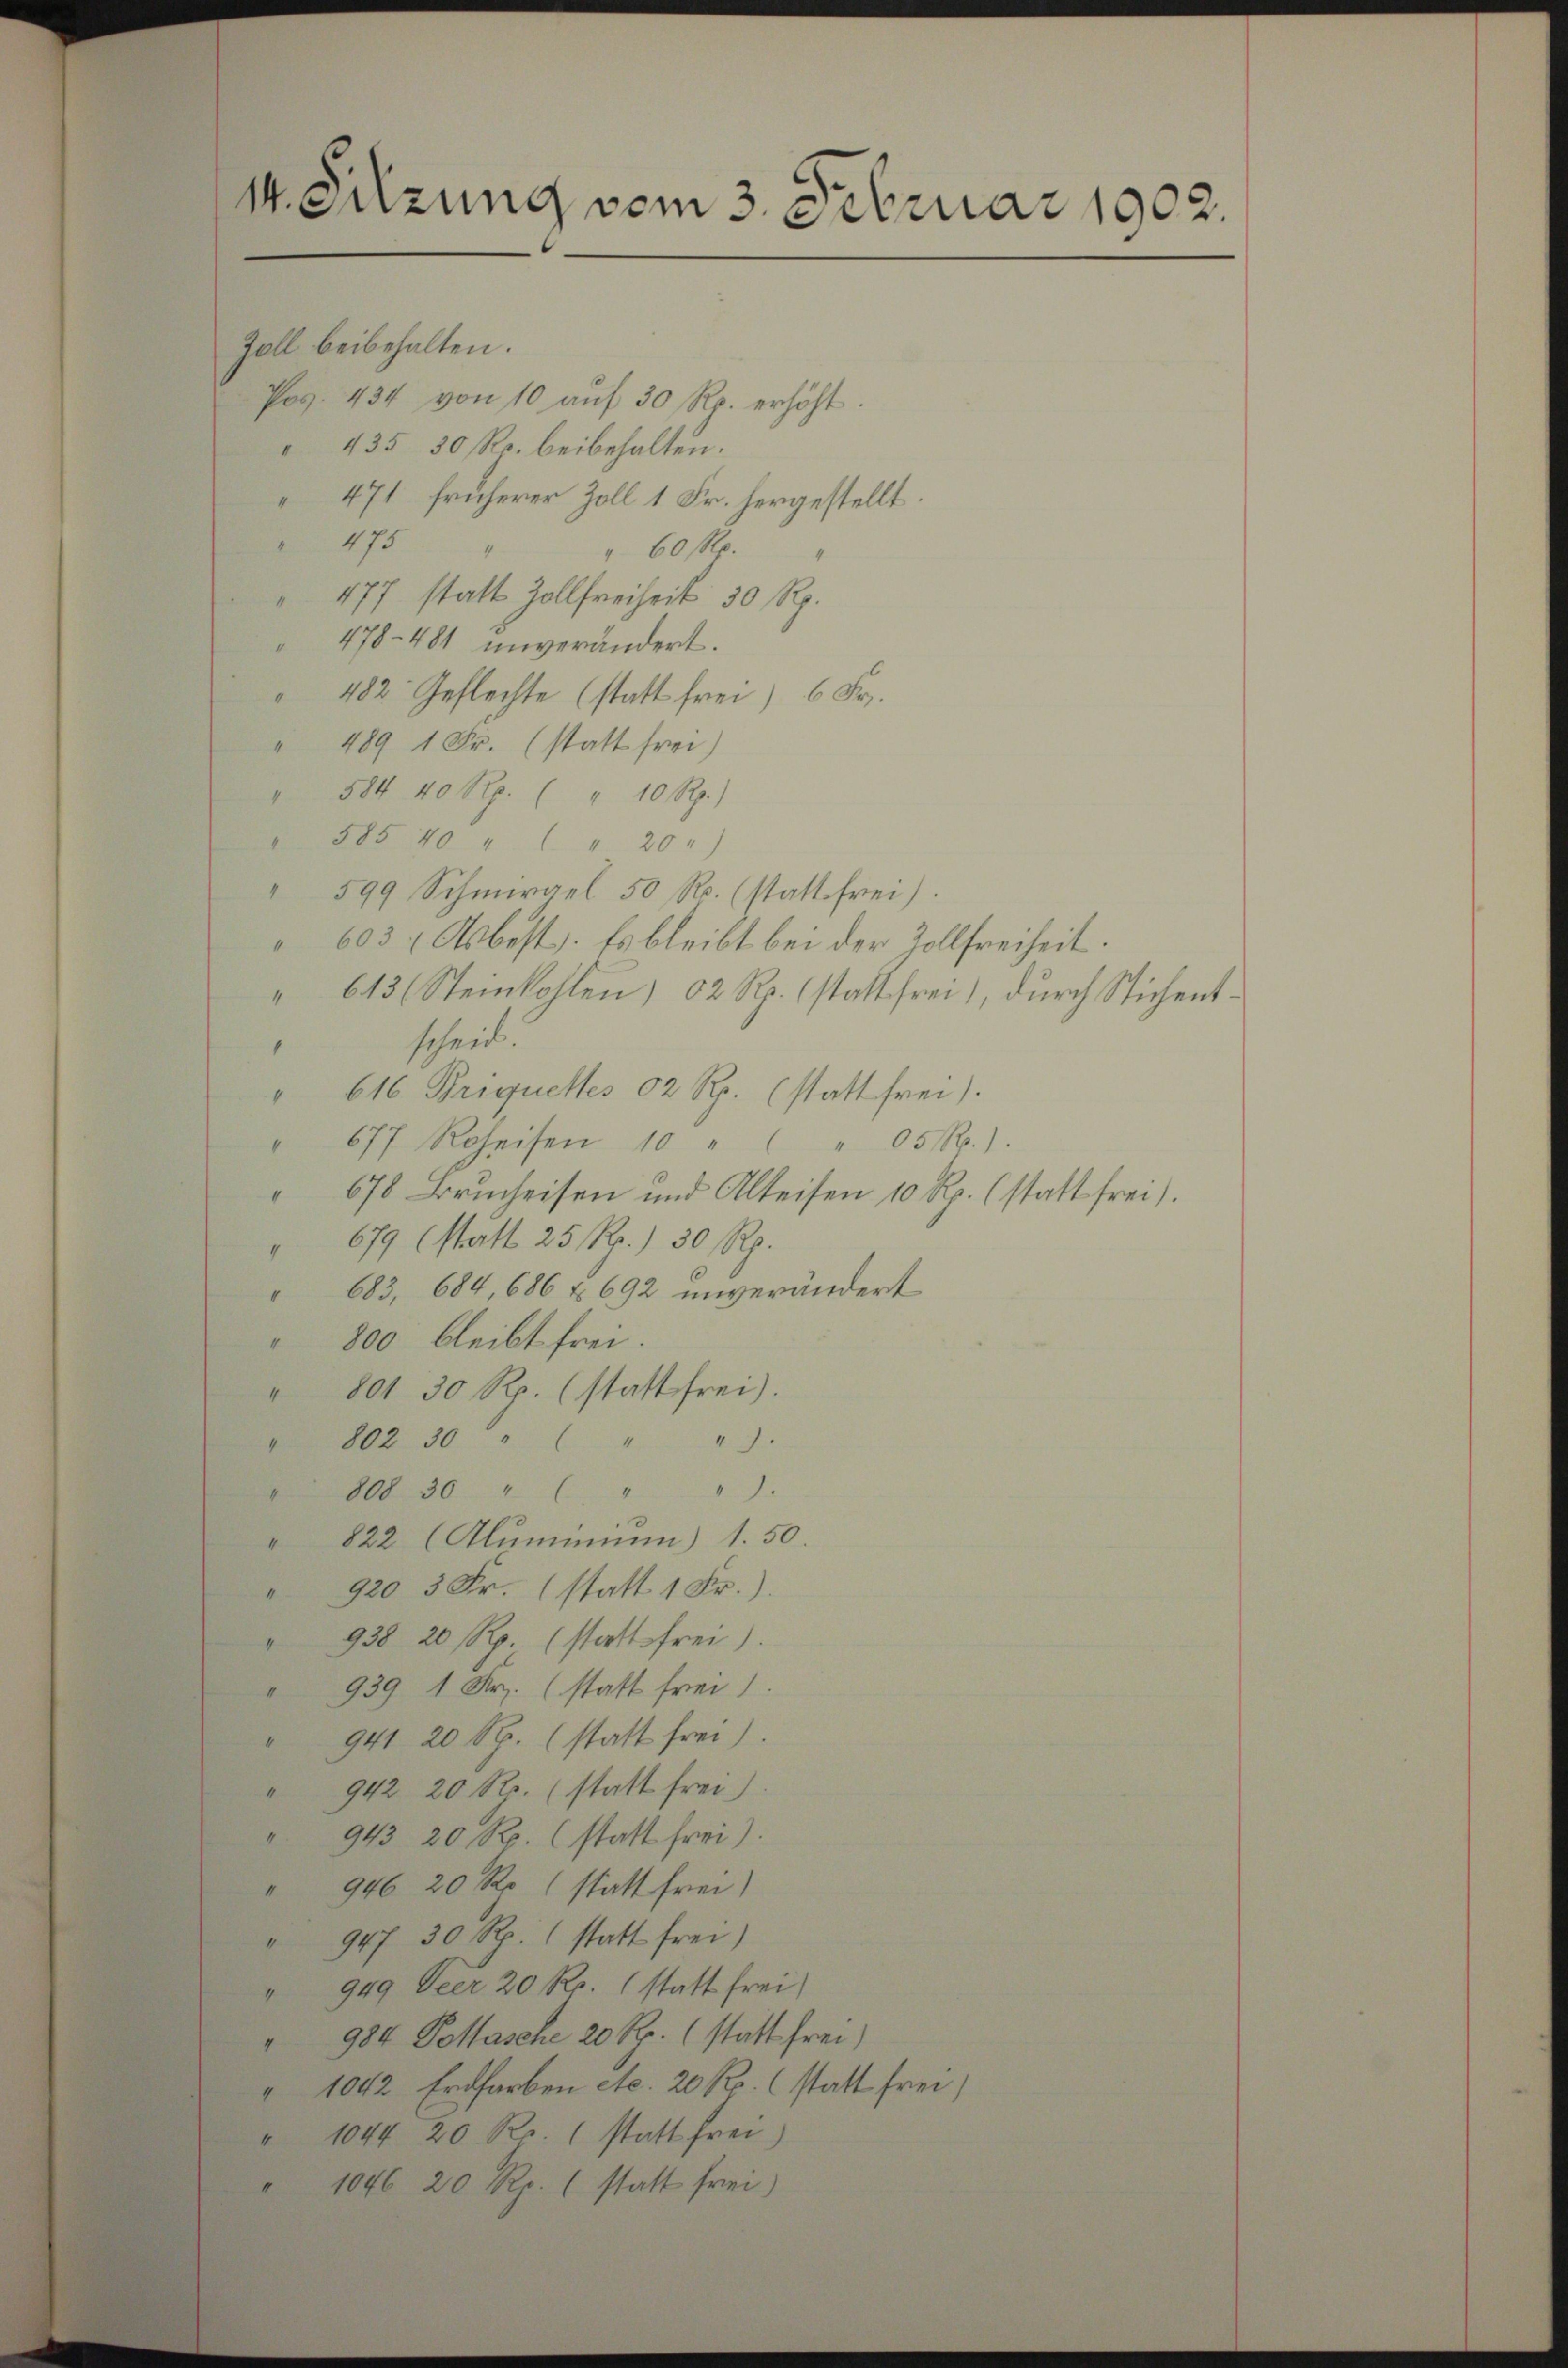
Zoll beibehalten.
Pos. 434 von 10 aŭf 30 Rp. erhöht.
435 30 Rp. beibehalten.
471 früherer Zoll 1 Fr. hergestellt.
475
 60 Rp.
 477 statt Zollfreiheit 30 Rp.
478-481 unverändert.
482. Geflechte (statt frei) 6 Fr.
" 489 1 Fr. (statt frei)
" 584 40 Rp. ( " 10 Rp.)
" 585 40 " " " 20.
" 599 Schmirgel 50 R. (statt frei)
603 (Asbest. Es bleibt bei der Zollfreiheit.
613/ Steinkohlen, 62 Rp. statt frei, durch Stichentschreibe.
.
" 616 Priquettes 02 Rp. (statt frei).
" 677 Roheisen 10 "
 05 n 1.
 678 Brucheisen und Alteisen 10 Rp. (statt frei.
" 679 (statt 25 Rp. 30 Rp.
683, 684, 686 f. 692 unverändert
" 800 bleibt frei.
" 801 30 Rp. (statt frei).
" 802 30 " " " "
 808 30 " " " "
" 822 (Aluminium) 1.50.
" 920 3 Fr. (statt 1 Fr.)
" 938 20 Rp. (statt frei)
" 939 1 Fr. (statt frei
" 941 20 Rp. (statt frei)
" 942 20 Rp. (statt frei.)
 943 20 Rp. (statt frei).
" 946 20 Rp (statt frei
" 947 30 Rp. 1 statt frei)
" 949 Peer 20 Rp. (statt frei
 984 Pottasche 20 Rp. (statt frei
" 1042 Erdfarben etc. 20 Rp. (statt frei,
" 1044 20 Ro. 1 statt frei)
1046 20 Rp. 1 statt frei)

14. Sitzung vom 3. Februar 1902.